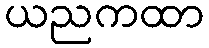
ယညကထာ